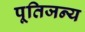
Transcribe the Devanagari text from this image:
पूतिजन्य